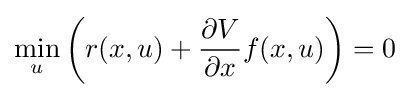
\min _{u}\left(r(x,u)+{\frac {\partial V}{\partial x}}f(x,u)\right)=0